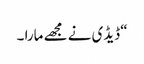
“ ڈیڈی نے مجھے مارا ۔